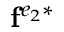
\mathbf { f } ^ { e _ { 2 } * }